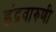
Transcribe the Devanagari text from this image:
इंद्रवारुणी